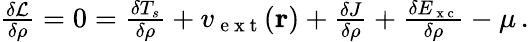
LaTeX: \begin{array}{r}{\frac{\delta\mathcal{L}}{\delta\rho}=0=\frac{\delta T_{s}}{\delta\rho}+v_{\mathrm{~e~x~t~}}(\mathbf{r})+\frac{\delta J}{\delta\rho}+\frac{\delta E_{\mathrm{~x~c~}}}{\delta\rho}-\mu\, .}\end{array}